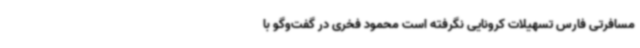
مسافرتی فارس تسهیلات کرونایی نگرفته است محمود فخری در گفت‌وگو با